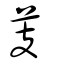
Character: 芰